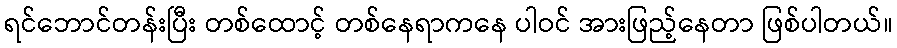
ရင်ဘောင်တန်းပြီး တစ်ထောင့် တစ်နေရာကနေ ပါဝင် အားဖြည့်နေတာ ဖြစ်ပါတယ်။